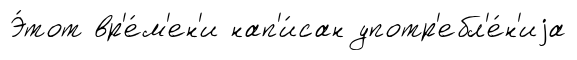
Э́тот вр'е́м'ен'и нап'и́сан употр'ебл'е́н'иjа